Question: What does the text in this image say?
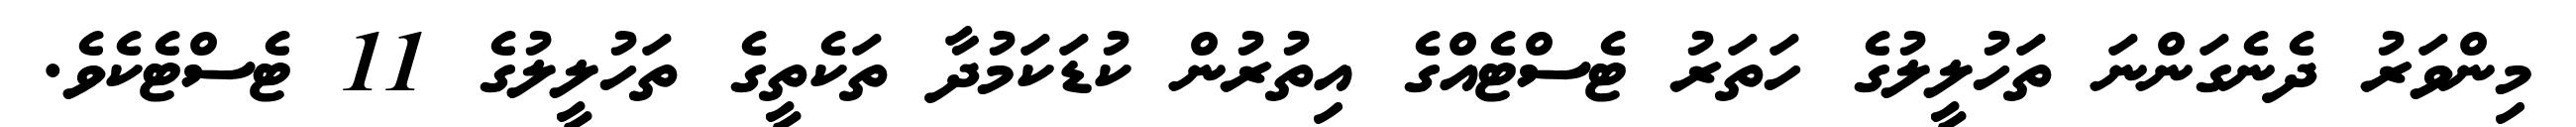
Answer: މިންވަރު ދެނެގަންނަ ތަހުލީލުގެ ހަތަރު ޓެސްޓެއްގެ އިތުރުން ކުޑަކަމުދާ ތަކެތީގެ ތަހުލީލުގެ 11 ޓެސްޓެކެވެ.